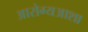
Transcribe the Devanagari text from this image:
आरोग्यआशा